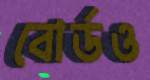
বোর্ডও